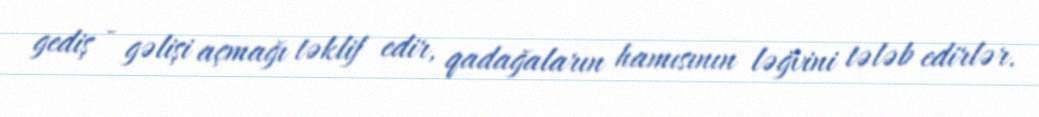
gediş - gəlişi açmağı təklif edir, qadağaların hamısının ləğvini tələb edirlər.